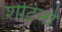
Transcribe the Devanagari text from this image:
शेटिनो